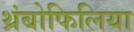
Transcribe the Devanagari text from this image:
थ्रंबोफिलिया